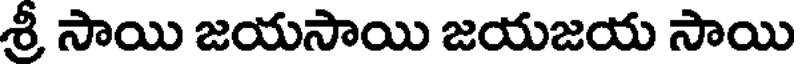
శ్రీ సాయి జయసాయి జయజయ సాయి